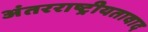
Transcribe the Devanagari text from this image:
अंतरराष्ट्रीयतावाद